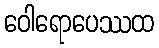
ဝေါရောပေဿထ